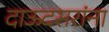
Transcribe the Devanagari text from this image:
दाऊदसरांना